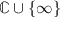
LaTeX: \mathbb { C } \cup \{ \infty \}